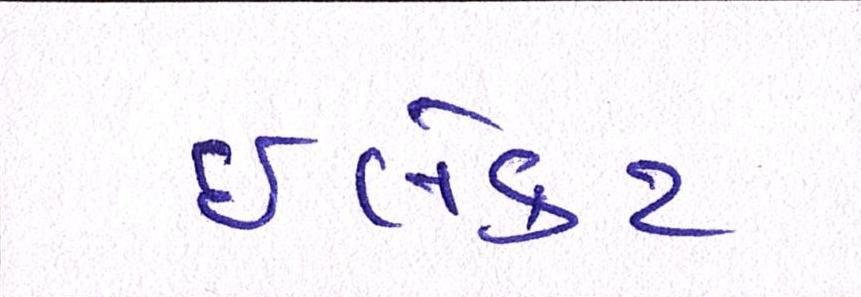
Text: ઈલેક્ટ